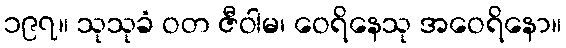
၁၉၇။ သုသုခံ ဝတ ဇီဝါမ၊ ဝေရိနေသု အဝေရိနော။